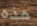
هذه